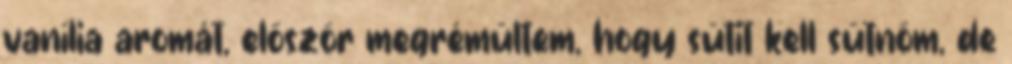
vanília aromát, először megrémültem, hogy sütit kell sütnöm, de